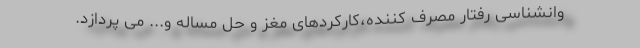
وانشناسی رفتار مصرف کننده،کارکردهای مغز و حل مساله و... می پردازد.